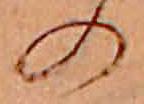
の